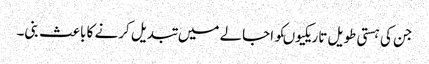
جن کی ہستی طویل تاریکیوںکو اجالے میں تبدیل کرنے کا باعث بنی۔